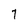
Character: 7